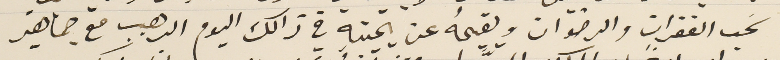
سَحب الغفران والرضوان ويقيمهُ عن يمينه في ذالك اليوم الرهيب مع جماهير